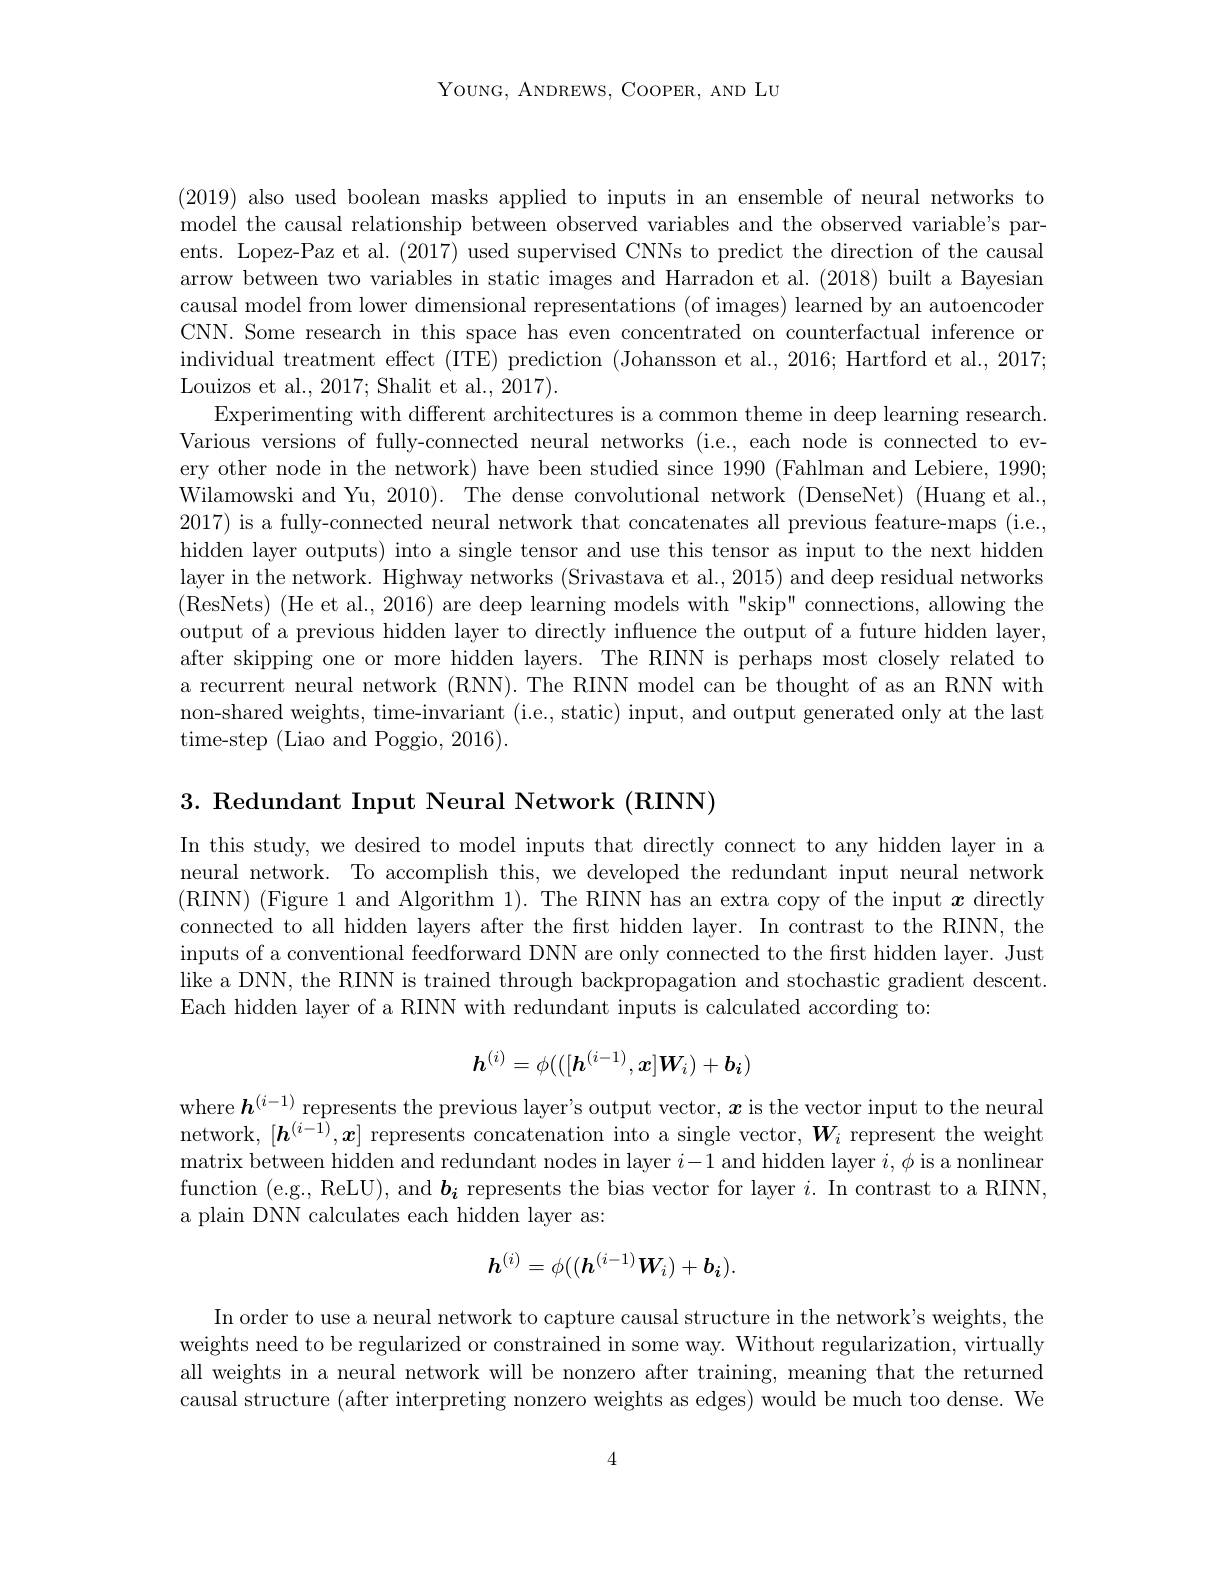
YOUNG, ANDREWS, COOPER, AND LU

(2019) also used boolean masks applied to inputs in an ensemble of neural networks to model the causal relationship between observed variables and the observed variable's parents. Lopez-Paz et al. (2017) used supervised CNNs to predict the direction of the causal arrow between two variables in static images and Harradon et al. (2018) built a Bayesian causal model from lower dimensional representations (of images) learned by an autoencoder CNN. Some research in this space has even concentrated on counterfactual inference or individual treatment effect (ITE) prediction (Johansson et al., 2016; Hartford et al., 2017; Louizos et al., 2017; Shalit et al., 2017).
Experimenting with different architectures is a common theme in deep learning research. Various versions of fully-connected neural networks (i.e., each node is connected to every other node in the network) have been studied since 1990 (Fahlman and Lebiere, 1990; Wilamowski and Yu, 2010). The dense convolutional network (DenseNet) (Huang et al., 2017) is a fully-connected neural network that concatenates all previous feature-maps (i.e., hidden layer outputs) into a single tensor and use this tensor as input to the next hidden layer in the network. Highway networks (Srivastava et al., 2015) and deep residual networks (ResNets) (He et al., 2016) are deep learning models with "skip" connections, allowing the output of a previous hidden layer to directly influence the output of a future hidden layer, after skipping one or more hidden layers. The RINN is perhaps most closely related to a recurrent neural network (RNN). The RINN model can be thought of as an RNN with non-shared weights, time-invariant (i.e., static) input, and output generated only at the last time- step ( Liao and Poggio, 2016) .

3. Redundant Input Neural Network (RINN)

In this study, we desired to model inputs that directly connect to any hidden layer in a neural network. To accomplish this, we developed the redundant input neural network (RINN) (Figure 1 and Algorithm 1). The RINN has an extra copy of the input $x$ directly connected to all hidden layers after the frst hidden layer. In contrast to the RINN, the inputs of a conventional feedforward DNN are only connected to the first hidden layer. Just like a DNN, the RINN is trained through backpropagation and stochastic gradient descent. Each hidden layer of a RINN with redundant inputs is calculated according to:
$$\boldsymbol{h}^{(i)}=\phi(([\boldsymbol{h}^{(i-1)},\boldsymbol{x}]\boldsymbol{W}_i)+\boldsymbol{b}_i)$$
where $\boldsymbol{h}^(i-1)$ represents the previous layer's output vector, $\boldsymbol x$ is the vector input to the neural network, $[\boldsymbol{h}^{(i-1)},\boldsymbol{x}]$ represents concatenation into a single vector, $\boldsymbol W_i$ represent the weight matrix between hidden and redundant nodes in layer $i-1$ and hidden layer $i,\phi$ is a nonlinear function (e.g., ReLU), and $\boldsymbol b_{\boldsymbol{i}}$ represents the bias vector for layer $i.$ In contrast to a RINN, a plain DNN calculates each hidden layer as:
$$h^{(i)}=\phi((h^{(i-1)}W_i)+b_i).$$
In order to use a neural network to capture causal structure in the network's weights, the weights need to be regularized or constrained in some way. Without regularization, virtually all weights in a neural network will be nonzero after training, meaning that the returned causal structure (after interpreting nonzero weights as edges) would be much too dense. We

4